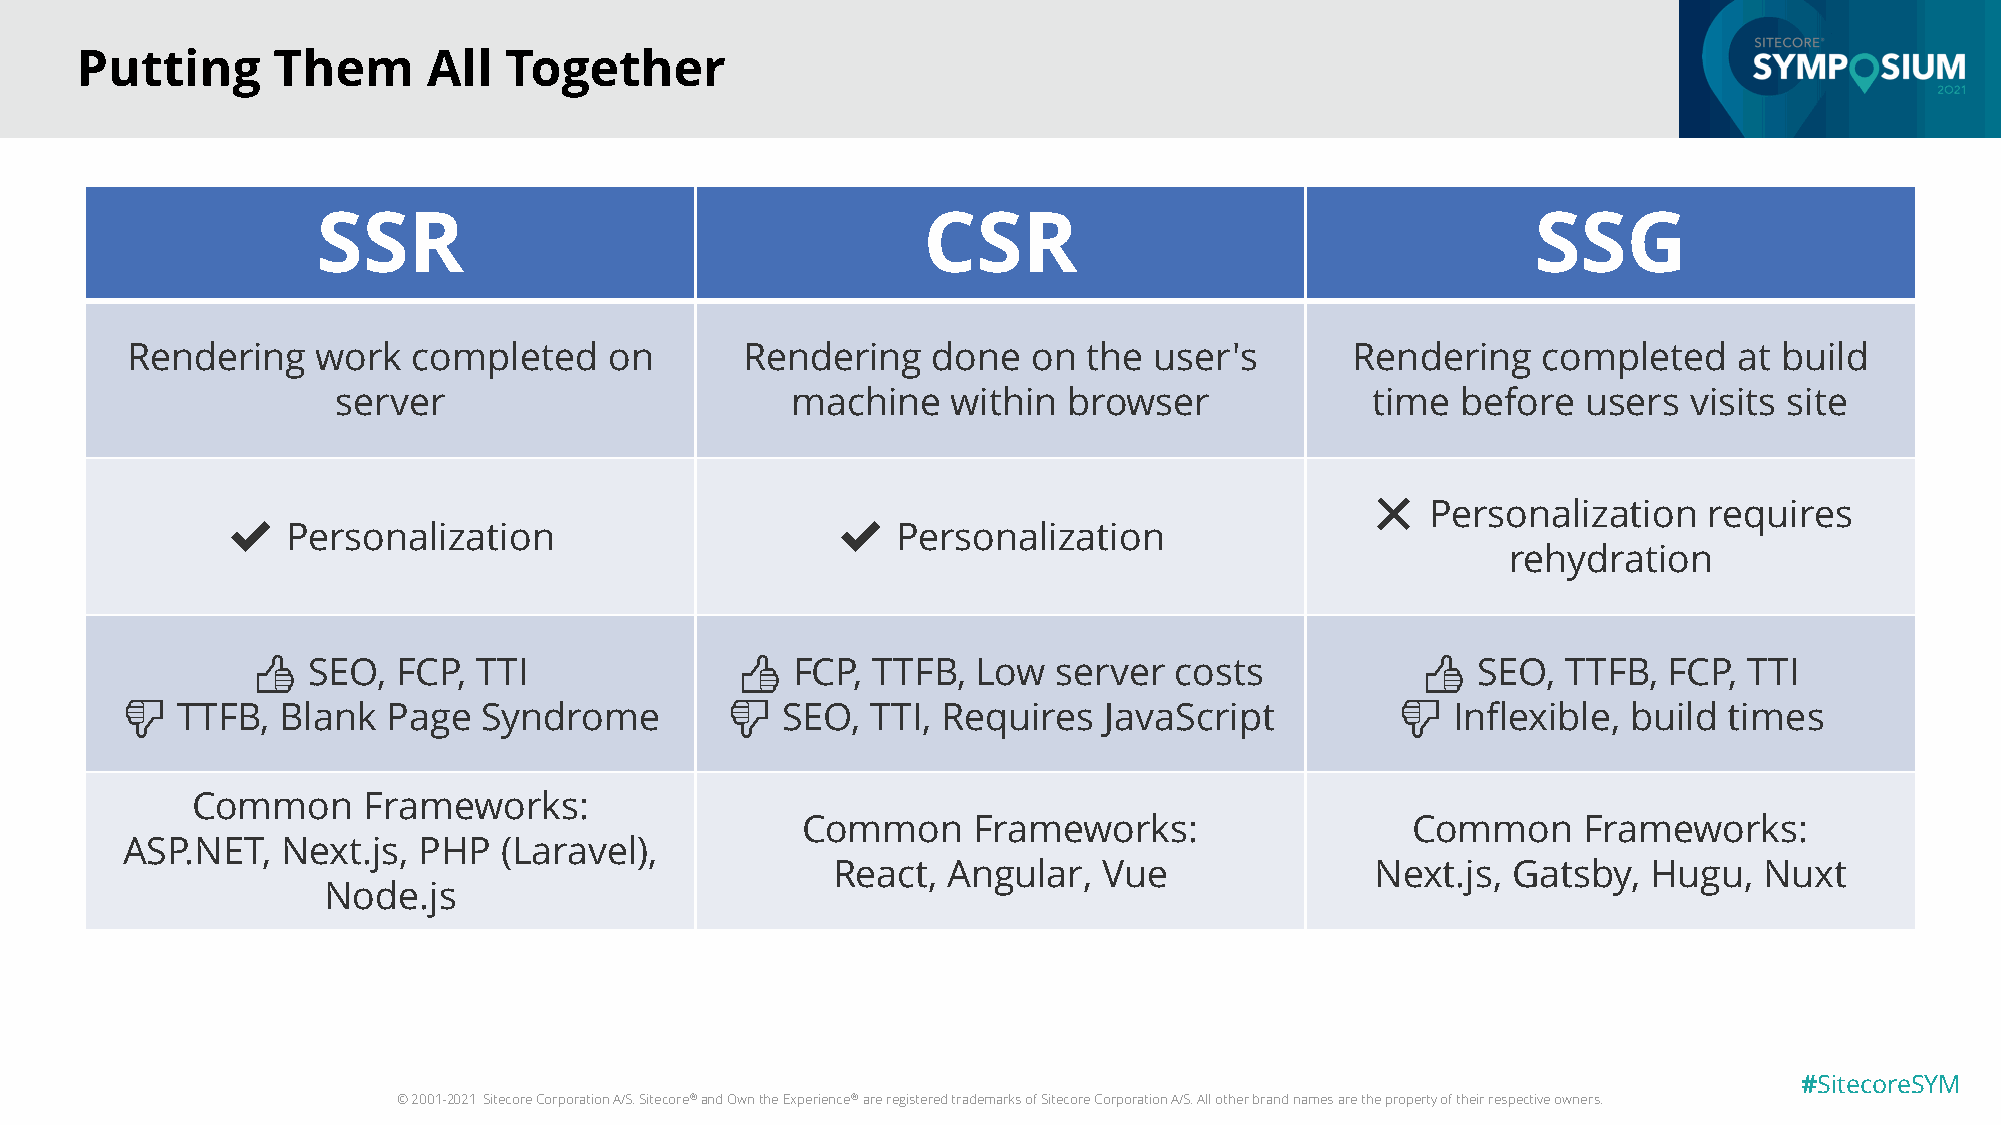
Putting      Them      All  Together
 SSR                                     CSR                                      SSG
 Rendering    work  completed    on       Rendering    done  on  the user's       Rendering    completed    at build
 server                        machine    within  browser             time  before  users  visits site
 ❌   Personalization   requires
 ✔   Personalization                     ✔   Personalization
 rehydration
 👍  SEO,  FCP, TTI               👍  FCP,  TTFB,  Low  server  costs           👍   SEO,  TTFB, FCP,  TTI
 👎   TTFB,  Blank  Page  Syndrome        👎   SEO,  TTI, Requires  JavaScript         👎   Inflexible, build times
 Common     Frameworks:
 Common     Frameworks:                  Common      Frameworks:
 ASP.NET,   Next.js, PHP  (Laravel),
 React,  Angular,  Vue               Next.js, Gatsby,  Hugu,   Nuxt
 Node.js
 #SitecoreSYM
 © 2001-2021 Sitecore Corporation A/S. Sitecore®and Own the Experience®are registered trademarks of Sitecore Corporation A/S. All other brand names are the property of their respective owners.